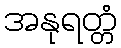
အနုရတ္တံ